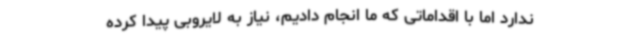
ندارد اما با اقداماتی که ما انجام دادیم، نیاز به لایروبی پیدا کرده